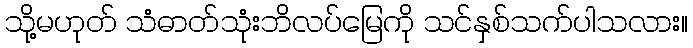
သို့မဟုတ် သံဓာတ်သုံးဘိလပ်မြေကို သင်နှစ်သက်ပါသလား။